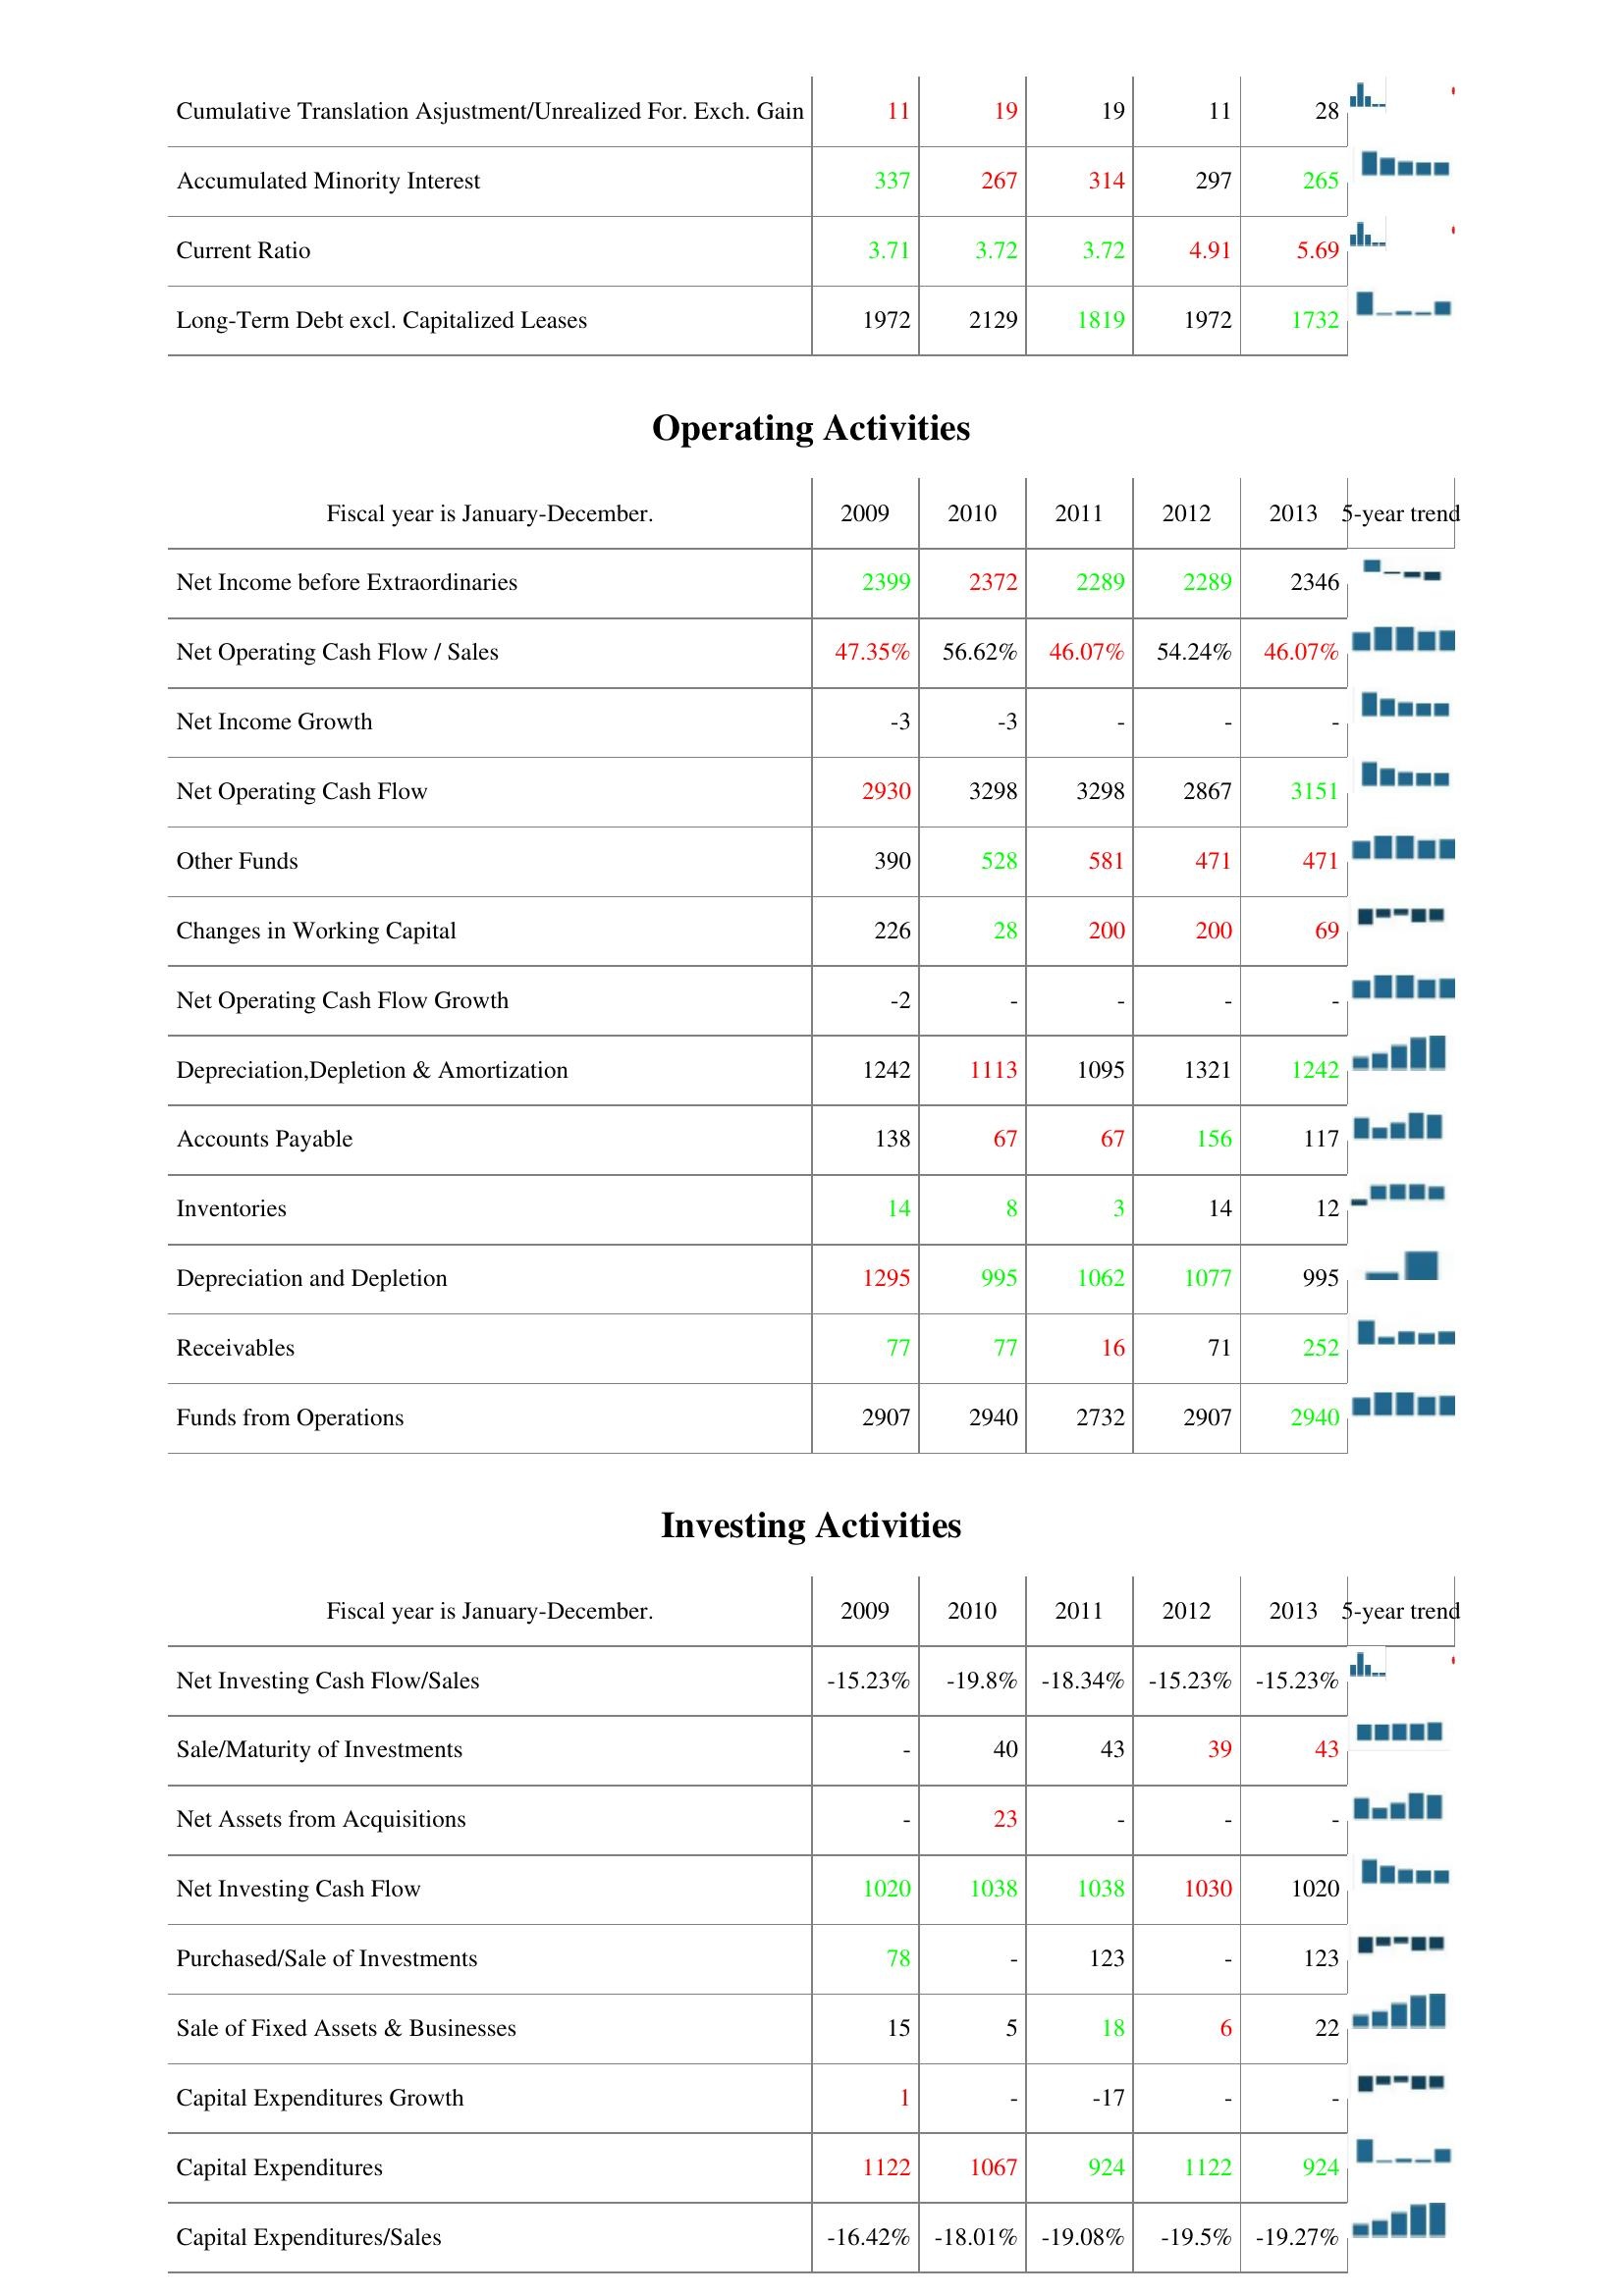
2009: Liabilities & Shareholder's Equity: Cumulative Translation Asjustment/Unrealized For. Exch. Gain: 11
Accumulated Minority Interest: 337
Current Ratio: 3.71
Long-Term Debt excl. Capitalized Leases: 1972
Operating Activities: Net Income before Extraordinaries: 2399
Net Operating Cash Flow / Sales: 47.35%
Net Income Growth: -3
Net Operating Cash Flow: 2930
Other Funds: 390
Changes in Working Capital: 226
Net Operating Cash Flow Growth: -2
Depreciation,Depletion & Amortization: 1242
Accounts Payable: 138
Inventories: 14
Depreciation and Depletion: 1295
Receivables: 77
Funds from Operations: 2907
Investing Activities: Net Investing Cash Flow/Sales: -15.23%
Sale/Maturity of Investments: -
Net Assets from Acquisitions: -
Net Investing Cash Flow: 1020
Purchased/Sale of Investments: 78
Sale of Fixed Assets & Businesses: 15
Capital Expenditures Growth: 1
Capital Expenditures: 1122
Capital Expenditures/Sales: -16.42%
2010: Liabilities & Shareholder's Equity: Cumulative Translation Asjustment/Unrealized For. Exch. Gain: 19
Accumulated Minority Interest: 267
Current Ratio: 3.72
Long-Term Debt excl. Capitalized Leases: 2129
Operating Activities: Net Income before Extraordinaries: 2372
Net Operating Cash Flow / Sales: 56.62%
Net Income Growth: -3
Net Operating Cash Flow: 3298
Other Funds: 528
Changes in Working Capital: 28
Net Operating Cash Flow Growth: -
Depreciation,Depletion & Amortization: 1113
Accounts Payable: 67
Inventories: 8
Depreciation and Depletion: 995
Receivables: 77
Funds from Operations: 2940
Investing Activities: Net Investing Cash Flow/Sales: -19.8%
Sale/Maturity of Investments: 40
Net Assets from Acquisitions: 23
Net Investing Cash Flow: 1038
Purchased/Sale of Investments: -
Sale of Fixed Assets & Businesses: 5
Capital Expenditures Growth: -
Capital Expenditures: 1067
Capital Expenditures/Sales: -18.01%
2011: Liabilities & Shareholder's Equity: Cumulative Translation Asjustment/Unrealized For. Exch. Gain: 19
Accumulated Minority Interest: 314
Current Ratio: 3.72
Long-Term Debt excl. Capitalized Leases: 1819
Operating Activities: Net Income before Extraordinaries: 2289
Net Operating Cash Flow / Sales: 46.07%
Net Income Growth: -
Net Operating Cash Flow: 3298
Other Funds: 581
Changes in Working Capital: 200
Net Operating Cash Flow Growth: -
Depreciation,Depletion & Amortization: 1095
Accounts Payable: 67
Inventories: 3
Depreciation and Depletion: 1062
Receivables: 16
Funds from Operations: 2732
Investing Activities: Net Investing Cash Flow/Sales: -18.34%
Sale/Maturity of Investments: 43
Net Assets from Acquisitions: -
Net Investing Cash Flow: 1038
Purchased/Sale of Investments: 123
Sale of Fixed Assets & Businesses: 18
Capital Expenditures Growth: -17
Capital Expenditures: 924
Capital Expenditures/Sales: -19.08%
2012: Liabilities & Shareholder's Equity: Cumulative Translation Asjustment/Unrealized For. Exch. Gain: 11
Accumulated Minority Interest: 297
Current Ratio: 4.91
Long-Term Debt excl. Capitalized Leases: 1972
Operating Activities: Net Income before Extraordinaries: 2289
Net Operating Cash Flow / Sales: 54.24%
Net Income Growth: -
Net Operating Cash Flow: 2867
Other Funds: 471
Changes in Working Capital: 200
Net Operating Cash Flow Growth: -
Depreciation,Depletion & Amortization: 1321
Accounts Payable: 156
Inventories: 14
Depreciation and Depletion: 1077
Receivables: 71
Funds from Operations: 2907
Investing Activities: Net Investing Cash Flow/Sales: -15.23%
Sale/Maturity of Investments: 39
Net Assets from Acquisitions: -
Net Investing Cash Flow: 1030
Purchased/Sale of Investments: -
Sale of Fixed Assets & Businesses: 6
Capital Expenditures Growth: -
Capital Expenditures: 1122
Capital Expenditures/Sales: -19.5%
2013: Liabilities & Shareholder's Equity: Cumulative Translation Asjustment/Unrealized For. Exch. Gain: 28
Accumulated Minority Interest: 265
Current Ratio: 5.69
Long-Term Debt excl. Capitalized Leases: 1732
Operating Activities: Net Income before Extraordinaries: 2346
Net Operating Cash Flow / Sales: 46.07%
Net Income Growth: -
Net Operating Cash Flow: 3151
Other Funds: 471
Changes in Working Capital: 69
Net Operating Cash Flow Growth: -
Depreciation,Depletion & Amortization: 1242
Accounts Payable: 117
Inventories: 12
Depreciation and Depletion: 995
Receivables: 252
Funds from Operations: 2940
Investing Activities: Net Investing Cash Flow/Sales: -15.23%
Sale/Maturity of Investments: 43
Net Assets from Acquisitions: -
Net Investing Cash Flow: 1020
Purchased/Sale of Investments: 123
Sale of Fixed Assets & Businesses: 22
Capital Expenditures Growth: -
Capital Expenditures: 924
Capital Expenditures/Sales: -19.27%